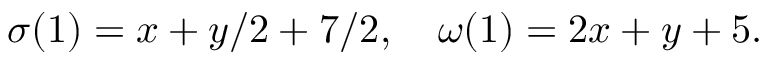
\sigma ( 1 ) = x + y / 2 + 7 / 2 , \quad \omega ( 1 ) = 2 x + y + 5 .